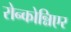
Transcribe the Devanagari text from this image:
रोन्कोन्निएर